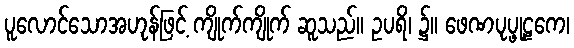
ပူလောင်သောအဟုန်ဖြင့် ကျိုက်ကျိုက် ဆူသည်။ ဥပရိ၊ ၌။ ဖေဏပုပ္ဖုဠကေ၊